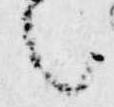
之